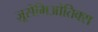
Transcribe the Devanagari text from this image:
ज़ूसेमिओतिक्स